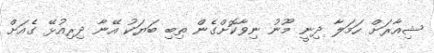
ޝިއާރަށް ހަމަލާ ދިނީ މޫނު ނިވާކޮށްގެން ތިބި ބަޔަކު އޭނާ ދިރިއުޅޭ ގެއަށް